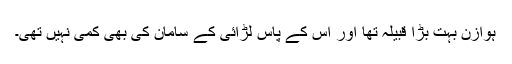
ہوازن بہت بڑا قبیلہ تھا اور اس کے پاس لڑائی کے سامان کی بھی کمی نہیں تھی۔